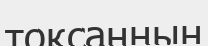
тоқсанның